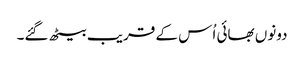
دونوں بھائی اُس کے قریب بیٹھ گئے۔